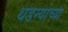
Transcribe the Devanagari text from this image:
थडग्याच्या